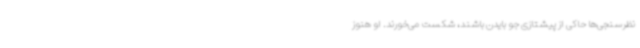
نظرسنجی‌ها حاکی از پیشتازی جو بایدن باشند، شکست می‌خورند. او هنوز